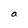
Character: a